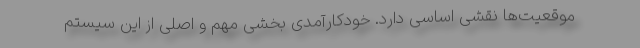
موقعیت‌ها نقشی اساسی دارد. خودکارآمدی بخشی مهم و اصلی از این سیستم